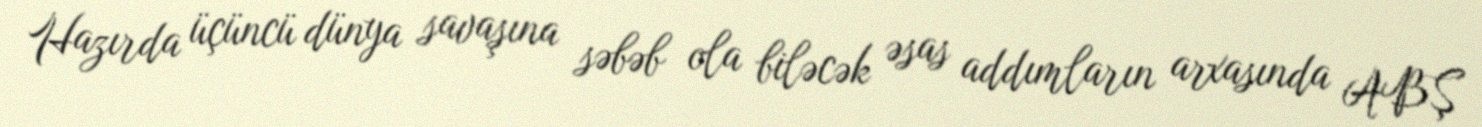
Hazırda üçüncü dünya savaşına səbəb ola biləcək əsas addımların arxasında ABŞ